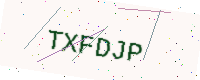
Text: TXFDJP